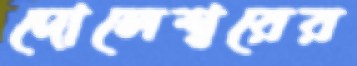
দোলেশ্বরের